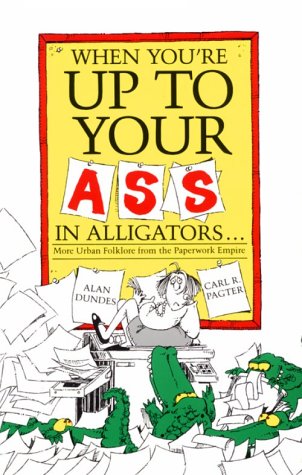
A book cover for When You're Up to Your Ass in Alligators: More Urban Folklore from the Paperwork Empire; Alan Dundes; Humor & Entertainment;